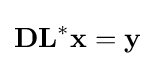
{\textstyle \mathbf {DL} ^{\mathrm {*} }\mathbf {x} =\mathbf {y} }